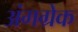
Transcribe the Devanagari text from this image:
अंगग्रेक